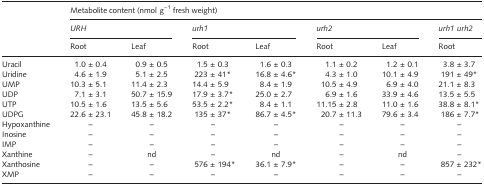
|  | <COLSPAN=7> Metabolite content (nmol g−1 fresh weight) |
 |  | <COLSPAN=2> URH | <COLSPAN=2> urh1 | <COLSPAN=2> urh2 | urh1urh2 |
 |  | Root | Leaf | Root | Leaf | Root | Leaf | Root |
 | --- | --- | --- | --- | --- | --- | --- | --- |
 | Uracil | 1.0 ± 0.4 | 0.9 ± 0.5 | 1.5 ± 0.3 | 1.6 ± 0.3 | 1.1 ± 0.2 | 1.2 ± 0.1 | 3.8 ± 3.7 |
 | Uridine | 4.6 ± 1.9 | 5.1 ± 2.5 | 223 ± 41* | 16.8 ± 4.6* | 4.3 ± 1.0 | 10.1 ± 4.9 | 191 ± 49* |
 | UMP | 10.3 ± 5.1 | 11.4 ± 2.3 | 14.4 ± 5.9 | 8.4 ± 1.9 | 10.5 ± 4.9 | 6.9 ± 4.0 | 21.1 ± 8.3 |
 | UDP | 7.1 ± 3.1 | 50.7 ± 15.9 | 17.9 ± 3.7* | 25.0 ± 2.7 | 6.9 ± 1.6 | 33.9 ± 4.6 | 13.5 ± 5.5 |
 | UTP | 10.5 ± 1.6 | 13.5 ± 5.6 | 53.5 ± 2.2* | 8.4 ± 1.1 | 11.15 ± 2.8 | 11.0 ± 1.6 | 38.8 ± 8.1* |
 | UDPG | 22.6 ± 23.1 | 45.8 ± 18.2 | 135 ± 37* | 86.7 ± 4.5* | 20.7 ± 11.3 | 79.6 ± 3.4 | 186 ± 7.7* |
 | Hypoxanthine | – | – | – | – | – | – | – |
 | Inosine | – | – | – | – | – | – | – |
 | IMP | – | – | – | – | – | – | – |
 | Xanthine | – | nd | – | nd | – | nd | – |
 | Xanthosine | – | – | 576 ± 194* | 36.1 ± 7.9* | – | – | 857 ± 232* |
 | XMP | – | – | – | – | – | – | – |